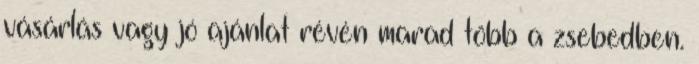
vásárlás vagy jó ajánlat révén marad több a zsebedben.